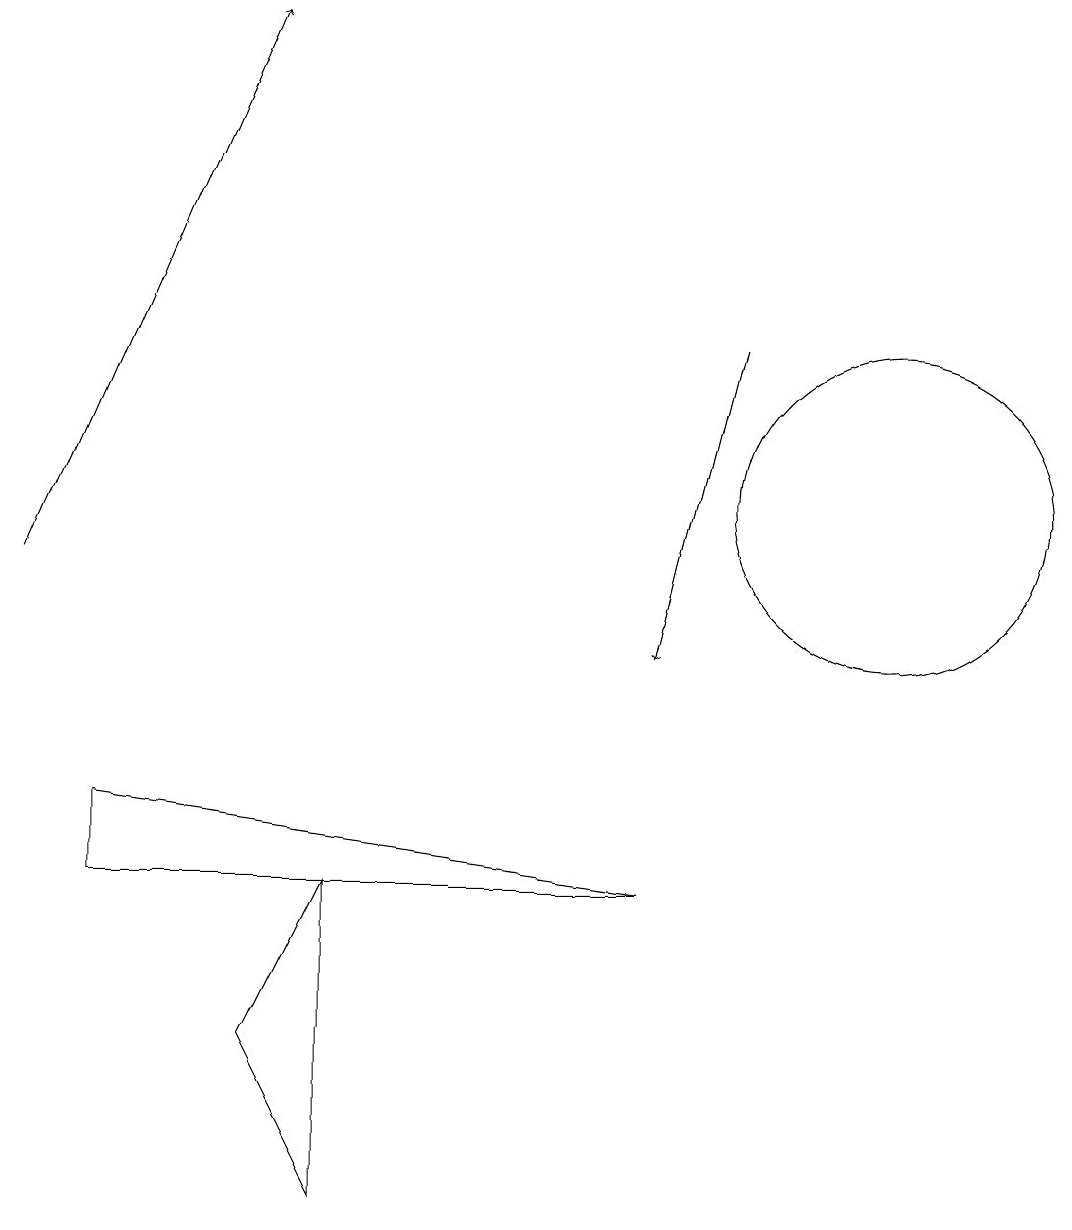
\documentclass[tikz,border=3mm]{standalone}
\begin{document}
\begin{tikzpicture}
\draw[->] (0,11) -- (3,18);
\draw[->] (9,14) -- (8,10);
\draw (3,5) -- (4,7) -- (4,3) -- cycle;
\draw (1,7) -- (8,7) -- (1,8) -- cycle;
\draw (11,12) circle (2);
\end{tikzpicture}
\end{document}